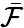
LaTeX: \bar{\mathcal F}